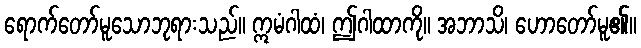
ရောက်တော်မူသောဘုရားသည်။ ဣမံဂါထံ၊ ဤဂါထာကို။ အဘာသိ၊ ဟောတော်မူ၏။